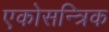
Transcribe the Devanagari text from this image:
एकोसन्त्रिक